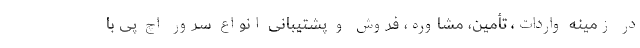
در زمینه واردات، تأمین، مشاوره، فروش و پشتیبانی انواع سرور اچ پی با